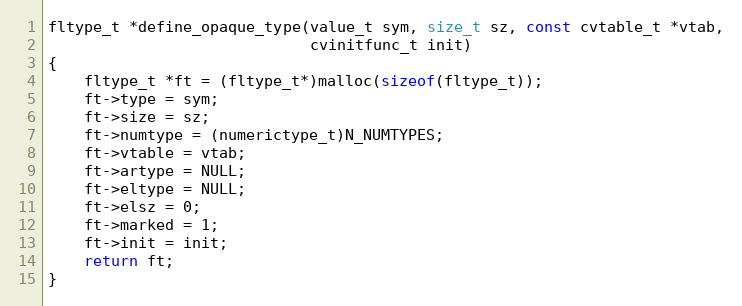
Language: C
fltype_t *define_opaque_type(value_t sym, size_t sz, const cvtable_t *vtab,
                             cvinitfunc_t init)
{
    fltype_t *ft = (fltype_t*)malloc(sizeof(fltype_t));
    ft->type = sym;
    ft->size = sz;
    ft->numtype = (numerictype_t)N_NUMTYPES;
    ft->vtable = vtab;
    ft->artype = NULL;
    ft->eltype = NULL;
    ft->elsz = 0;
    ft->marked = 1;
    ft->init = init;
    return ft;
}